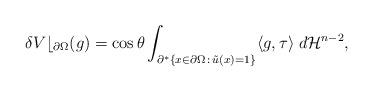
LaTeX: \begin{align*} \delta V\lfloor_{\partial \Omega}(g) = \cos\theta\int_{\partial^*\{x\in \partial\Omega \,:\, \tilde u(x)=1\}} \langle g,\tau\rangle \; d\mathcal{H}^{n-2}, \end{align*}